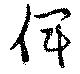
俾